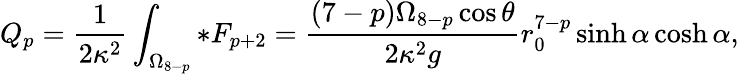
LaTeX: Q_{p}=\frac{1}{2\kappa^{2}}\int_{\Omega_{8-p}}*F_{p+2}=\frac{(7-p)\Omega_{8-p}\cos\theta}{2\kappa^{2}g}r_{0}^{7-p}\sinh\alpha\cosh\alpha,